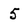
Character: 5